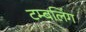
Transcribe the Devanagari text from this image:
टम्बलिंग